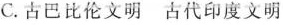
C.古巴比伦文明 古代印度文明